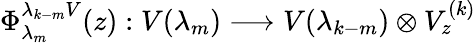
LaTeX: \Phi_{\lambda_{m}}^{\lambda_{k-m}V}(z):V(\lambda_{m})\longrightarrow V(\lambda_{k-m})\otimes V_{z}^{(k)}